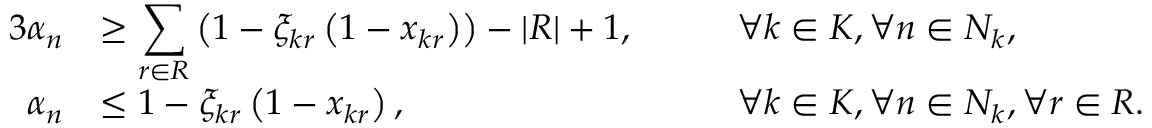
\begin{array} { r l r l } { { 3 } \alpha _ { n } } & { \ge \displaystyle \sum _ { r \in R } \left( 1 - \xi _ { k r } \left( 1 - x _ { k r } \right) \right) - | R | + 1 , } & & { \quad \forall k \in K , \forall n \in N _ { k } , } \\ { \alpha _ { n } } & { \le 1 - \xi _ { k r } \left( 1 - x _ { k r } \right) , } & & { \quad \forall k \in K , \forall n \in N _ { k } , \forall r \in R . } \end{array}